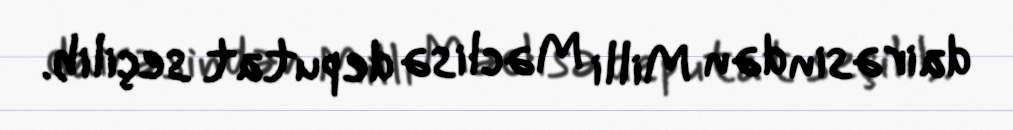
dairəsindən Milli Məclisə deputat seçilib.